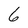
Character: 6